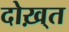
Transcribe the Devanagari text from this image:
दोख़्त